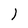
Character: 1